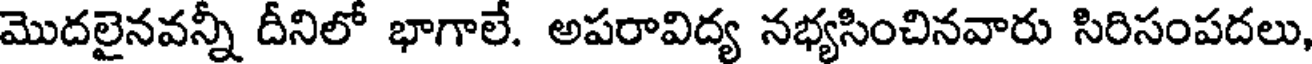
మొదలైనవన్నీ దీనిలో భాగాలే. అపరావిద్య నభ్యసించినవారు సిరిసంపదలు,